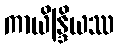
ကာယိန္ဒြိယဿ